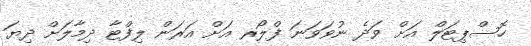
ހޮސްޕިޓަލް އަށް ވަދެ ނުވަވަނަ ފްލޯރ އަށް އަރަން ލިފްޓާ ދިމާލަށް ދިޔަ